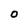
Character: O